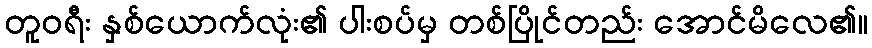
တူဝရီး နှစ်ယောက်လုံး၏ ပါးစပ်မှ တစ်ပြိုင်တည်း အောင်မိလေ၏။